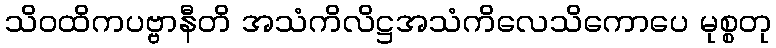
သိဝထိကပဗ္ဗာနီတိ အသံကိလိဋ္ဌအသံကိလေသိကောပေ မုစ္စတု